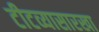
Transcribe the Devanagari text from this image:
टीटव्यासारखा